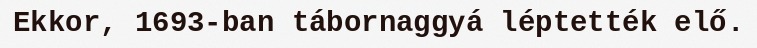
Ekkor, 1693-ban tábornaggyá léptették elő.